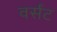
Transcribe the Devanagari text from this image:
वर्संट